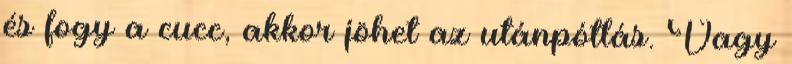
és fogy a cucc, akkor jöhet az utánpótlás. Vagy